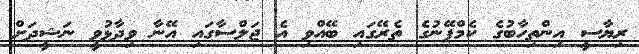
ރިޔާސީ އިންތިހާބުގެ ކެމްޕޭނުގެ ތެރޭގައި ބޭއްވި އެ ޖަލްސާގައި އޭނާ ވިދާޅުވީ ނަޝީދަށް